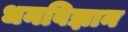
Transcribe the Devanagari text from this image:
धनविज्ञान